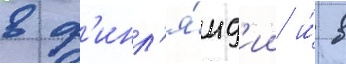
в ф'инл'я́нд'ии и́ в